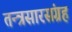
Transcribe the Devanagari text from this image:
तन्त्रसारसंग्रह